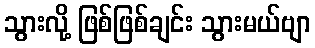
သွားလို့ ဖြစ်ဖြစ်ချင်း သွားမယ်ဗျာ